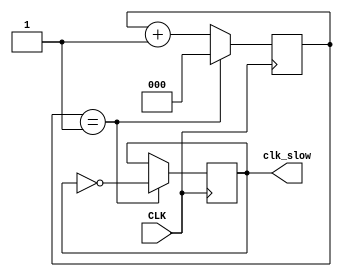
module divide16(CLK,clk_slow); 
input CLK; 
output clk_slow; 
reg clk_slow; 
reg [2:0]c; 
initial 
begin 
c<=3'd0; 
clk_slow<=0;  
end
always @(posedge CLK)
begin
if(c==3'd1)
begin
clk_slow<=~clk_slow;
c<=3'd0;
end
else c<=c+3'd1;
end
endmodule